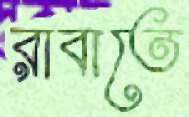
রাবাতে